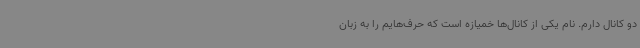
دو کانال دارم. نام یکی از کانال‌ها خمیازه است که حرف‌هایم را به زبان